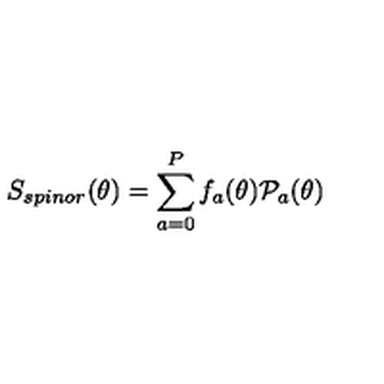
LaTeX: S _ { s p i n o r } ( \theta ) = \sum _ { a = 0 } ^ { P } f _ { a } ( \theta ) { \cal P } _ { a } ( \theta )